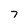
Character: 7